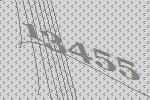
13455